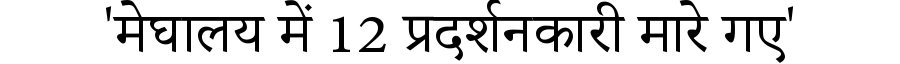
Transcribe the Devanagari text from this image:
'मेघालय में 12 प्रदर्शनकारी मारे गए'